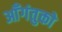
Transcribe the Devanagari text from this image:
आँगंतुको